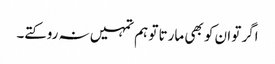
اگر تو ان کو بھی مارتا تو ہم تمہیں نہ روکتے۔